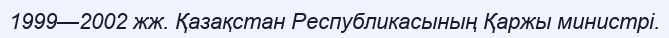
1999—2002 жж. Қазақстан Республикасының Қаржы министрі.